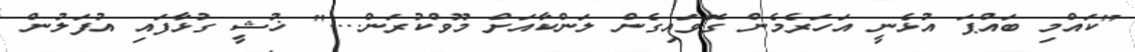
"ކައްމި ބައްޕަ އުޅެނީ އަހަރެމެން ގޮވައިގެން ލަންކާއަށް މޫވްކުރަން...." ޚުޝީ ގުޅާފައި އުފަލުން